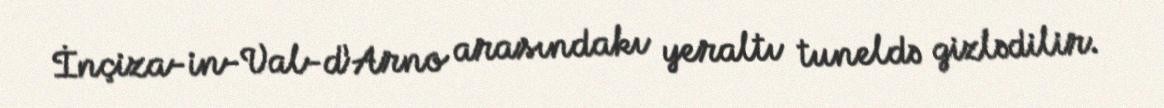
İnçiza-in-Val-d’Arno arasındakı yeraltı tuneldə gizlədilir.